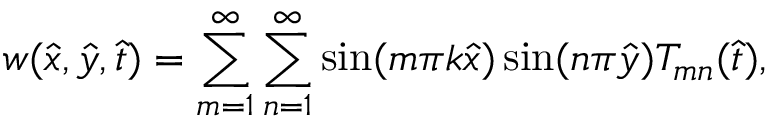
w ( \hat { x } , \hat { y } , \hat { t } ) = \sum _ { m = 1 } ^ { \infty } \sum _ { n = 1 } ^ { \infty } \sin ( m \pi k \hat { x } ) \sin ( n \pi \hat { y } ) { T } _ { m n } ( \hat { t } ) ,